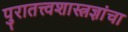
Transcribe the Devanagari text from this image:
पुरातत्त्वशास्त्रज्ञांचा